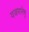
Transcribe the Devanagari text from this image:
यजमानेषु